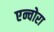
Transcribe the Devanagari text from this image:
एन्चोरा